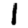
Digit: 1